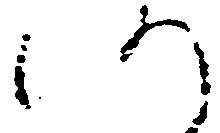
仍